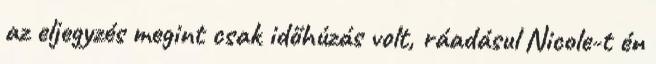
az eljegyzés megint csak időhúzás volt, ráadásul Nicole-t én